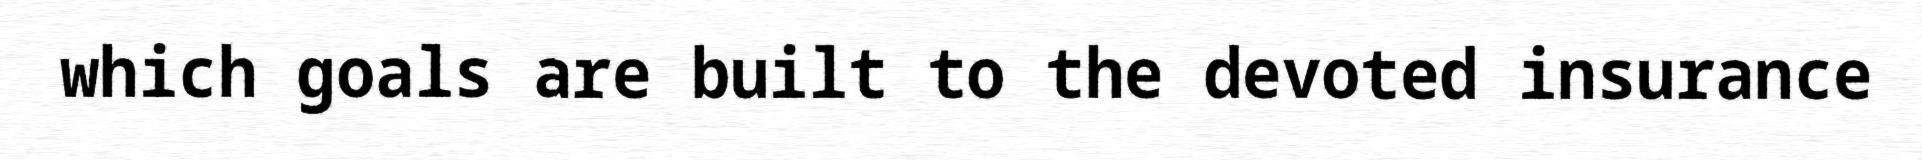
which goals are built to the devoted insurance